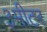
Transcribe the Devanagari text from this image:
३मीटर